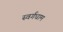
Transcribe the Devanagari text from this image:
स्वर्गधाम